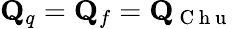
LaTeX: \mathbf{Q}_{q}=\mathbf{Q}_{f}=\mathbf{Q}_{\mathrm{~C~h~u~}}